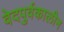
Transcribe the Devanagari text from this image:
वेदपुर्वकालीन